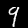
Digit: 9